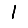
Digit: 1